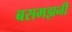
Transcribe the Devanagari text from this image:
बसमझनी